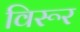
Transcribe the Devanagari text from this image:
विरूर